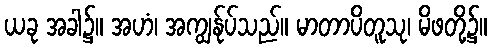
ယခု အခါ၌။ အဟံ၊ အကျွန်ုပ်သည်။ မာတာပိတူသု၊ မိဖတို့၌။